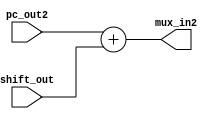
module adder2(input [63:0]pc_out2,shift_out, output [63:0]mux_in2);

assign mux_in2 = pc_out2 + shift_out;

endmodule